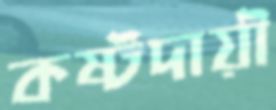
কষ্টদায়ী